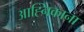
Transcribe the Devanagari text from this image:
आह्निकाना